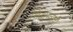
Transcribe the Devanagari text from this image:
सिद्धाम्ताची